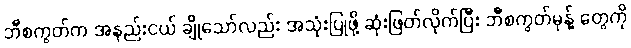
ဘီစကွတ်က အနည်းငယ် ချိုသော်လည်း အသုံးပြုဖို့ ဆုံးဖြတ်လိုက်ပြီး ဘီစကွတ်မုန့် တွေကို